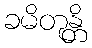
ခမိတုန္တိ